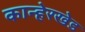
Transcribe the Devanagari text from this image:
कान्हेरखेड